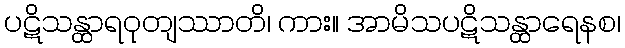
ပဋိသန္ထာရဝုတျဿာတိ၊ ကား။ အာမိသပဋိသန္ထာရေနစ၊